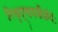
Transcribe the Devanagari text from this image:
निचृद्‌गायत्रीछंदः